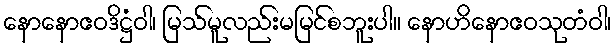
နောနောဧဝဒိဋ္ဌံဝါ၊ မြသ်မူလည်းမမြင်စဘူးပါ။ နောဟိနောဧဝသုတံဝါ၊